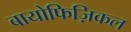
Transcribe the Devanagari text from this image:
बायोफिज़िकल